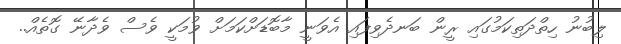
ލިބުނު ހިތްދަތިކަމުގައި ރީން ބަނދެވިފައި އެވަނީ މާބޮޑަށްކަމަށް ވުމަކީ ވެސް ވެދާނޭ ގޮތެއް..